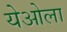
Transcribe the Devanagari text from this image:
येओला